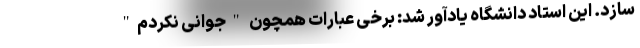
‌سازد. این استاد دانشگاه یادآور شد: برخی عبارات همچون "جوانی نکردم"